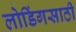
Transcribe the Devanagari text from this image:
लोडिंगसाठी